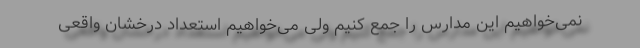
نمی‌خواهیم این مدارس را جمع کنیم ولی می‌خواهیم استعداد درخشان واقعی